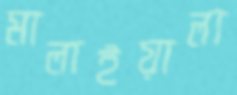
মালাইয়ালা